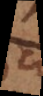
a